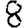
Digit: 8